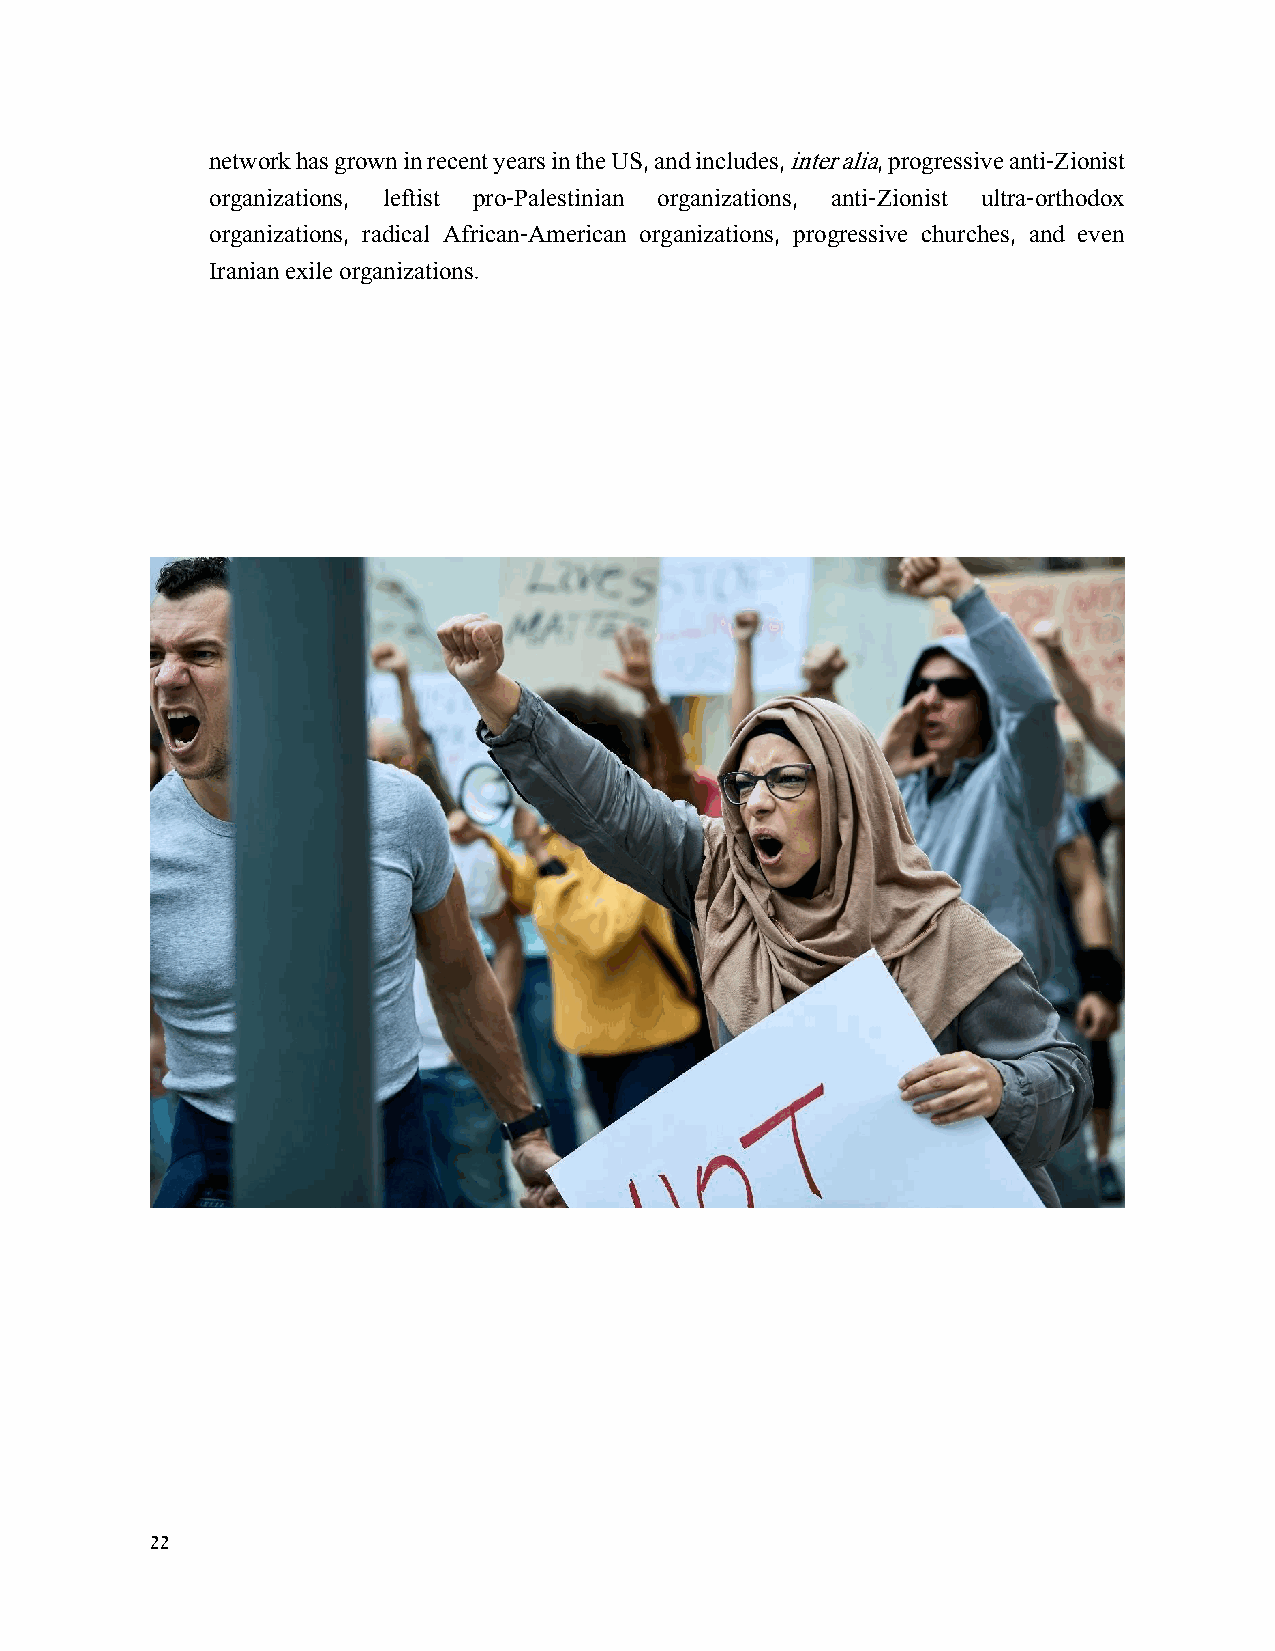
network has grown in recent years in the US, and includes, inter alia, progressive anti-Zionist
 organizations, leftist pro-Palestinian organizations, anti-Zionist ultra-orthodox
 organizations, radical African-American organizations, progressive churches, and even
 Iranian exile organizations.
 22